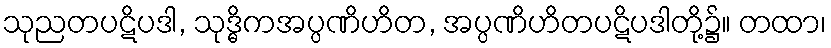
သုညတပဋိပဒါ, သုဒ္ဓိကအပ္ပဏိဟိတ, အပ္ပဏိဟိတပဋိပဒါတို့၌။ တထာ၊